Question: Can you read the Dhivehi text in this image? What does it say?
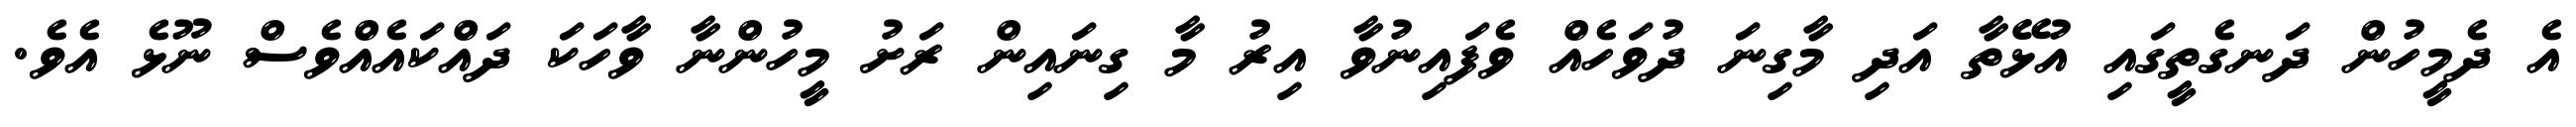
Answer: އެ ދެމީހުން ދަނގެތީގައި އުޅޭތާ އަދި މާގިނަ ދުވަހެއް ވެފައިނުވާ އިރު މާ ގިނައިން ރަށު މީހުންނާ ވާހަކަ ދައްކައެއްވެސް ނޫޅެ އެވެ.